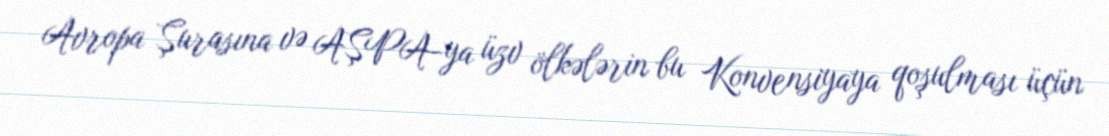
Avropa Şurasına və AŞPA-ya üzv ölkələrin bu Konvensiyaya qoşulması üçün